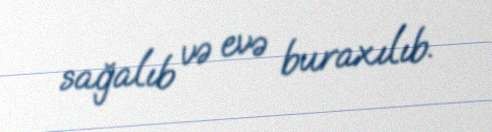
sağalıb və evə buraxılıb.